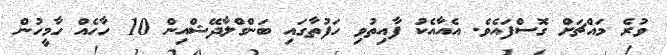
ވުރެ މައްޗަށް ގޮސްފައެވެ. އެއާއެކު ފާއިތުވި ހަފުތާގައި ބަންގްލާދޭޝްއިން 10 ހާހެއް ހާމީހުން